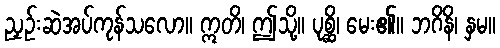
ညှဉ်းဆဲအပ်ကုန်သလော။ ဣတိ၊ ဤသို့။ ပုစ္ဆိ၊ မေး၏။ ဘဂိနိ၊ နှမ။